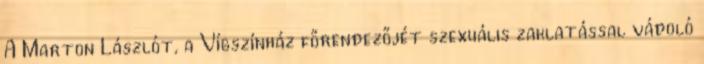
A Marton Lászlót, a Vígszínház főrendezőjét szexuális zaklatással vádoló